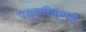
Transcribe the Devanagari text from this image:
पध्दतीप्रमाणे